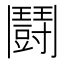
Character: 鬪